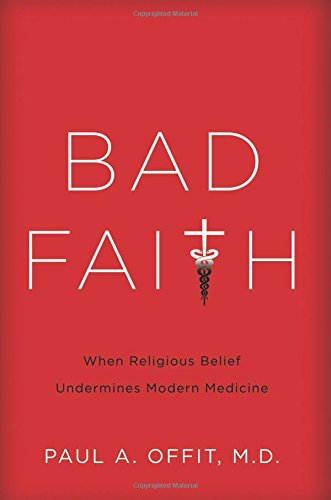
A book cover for Bad Faith: When Religious Belief Undermines Modern Medicine; Paul Offit; Medical Books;